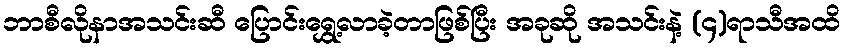
ဘာစီလိုနာအသင်းဆီ ပြောင်းရွှေ့လာခဲ့တာဖြစ်ပြီး အခုဆို အသင်းနဲ့ (၄)ရာသီအထိ